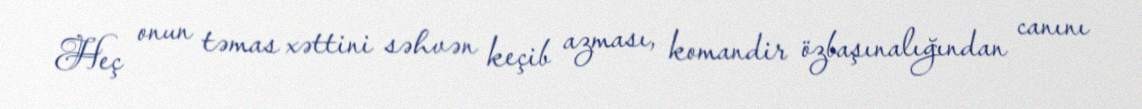
Heç onun təmas xəttini səhvən keçib azması, komandir özbaşınalığından canını